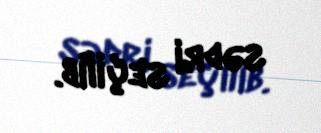
sədri seçilib.